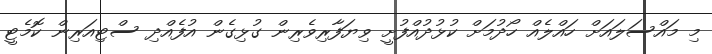
މި މައްސަލައަށް ހައްލެއް ހޯދުމަށް ކުޅުދުއްފުށީ ވިޔަފާރިވެރިން ގުޅިގެން އުފެއްދި ސްޓިއަރިން ކޮމެޓީ